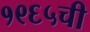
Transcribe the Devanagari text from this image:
१९६५ची